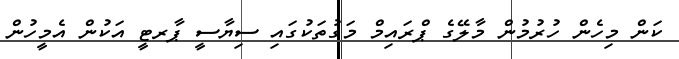
ކަން މިހެން ހުރުމުން މާލޭގެ ޕްރައިމް މަގުތަކުގައި ސިޔާސީ ޕާރޓީ އަކުން އެމީހުން